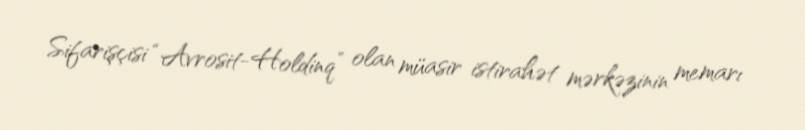
Sifarişçisi “Avrosit-Holdinq” olan müasir istirahət mərkəzinin memarı